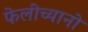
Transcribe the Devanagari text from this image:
फेलीच्यानो